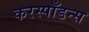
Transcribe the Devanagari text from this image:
करस्पाँडन्स